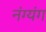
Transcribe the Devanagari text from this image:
नंग्यंग